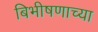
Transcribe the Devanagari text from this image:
बिभीषणाच्या